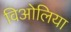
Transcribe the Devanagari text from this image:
विओलिया